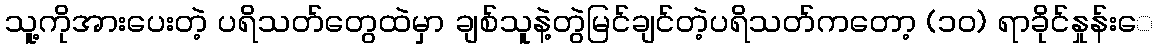
သူ့ကိုအားပေးတဲ့ ပရိသတ်တွေထဲမှာ ချစ်သူနဲ့တွဲမြင်ချင်တဲ့ပရိသတ်ကတော့ (၁၀) ရာခိုင်နှုန်းေ